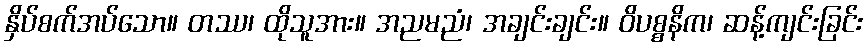
နှိပ်စက်အပ်သော။ တဿ၊ ထိုသူအား။ အညမညံ၊ အချင်းချင်း။ ဝိပစ္စနိက၊ ဆန့်ကျင်းခြင်း